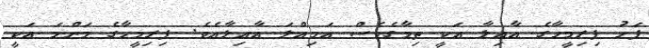
ފަހު ފިރިމީހާގެ އާއިލާ އަކީ ތިމާގެވެސް އަމިއްލަ އާއިލާއެވެ. ފިރިމީހާގެ މަންމަ އަކީ